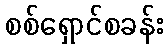
စစ်ရှောင်စခန်း